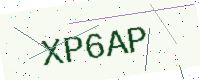
Text: XP6AP